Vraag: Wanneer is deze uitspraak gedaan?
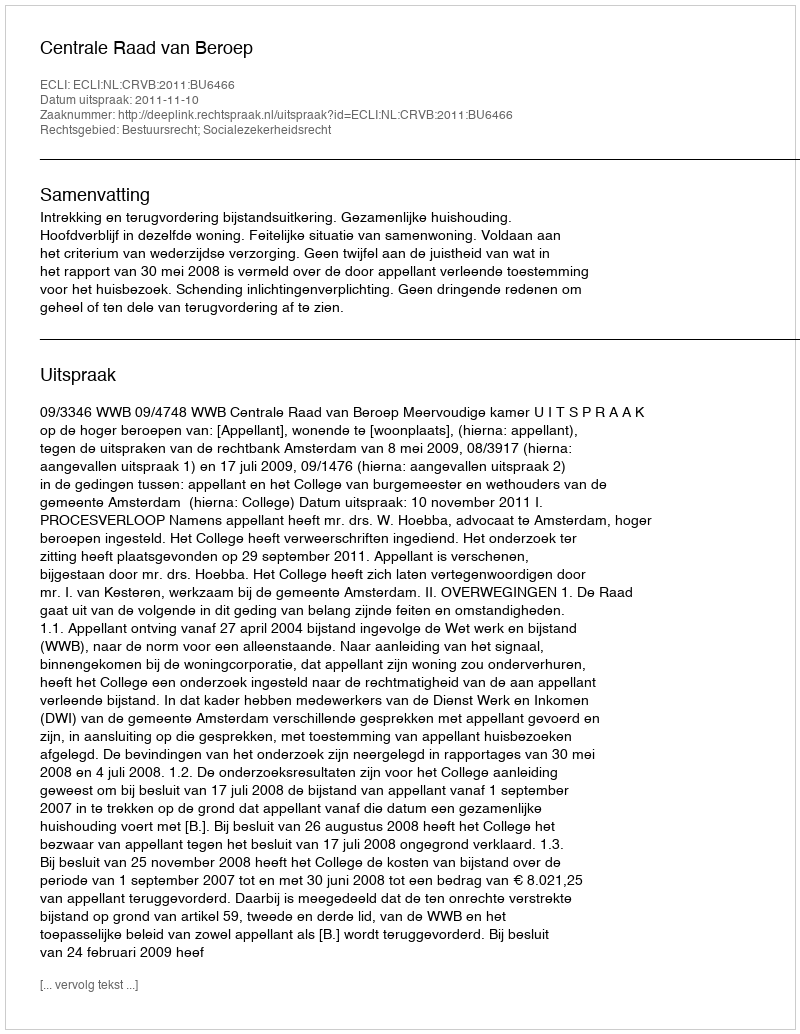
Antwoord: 2011-11-10